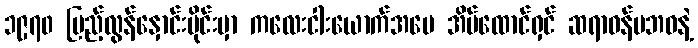
၁၉၇၀ ပြည့်လွန်နှောင်းပိုင်းမှာ ကလေးငါးယောက်အမေ အိမ်ထောင်ရှင် ဆရာဝန်မဘဝနဲ့